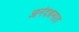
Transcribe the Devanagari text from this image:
आनंदश्रमात